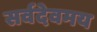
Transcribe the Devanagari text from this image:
सर्वदेवमय